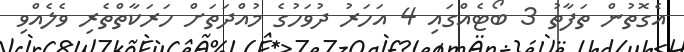
އެގޮތުން ތަފާތު 3 ބޯޓެއްގައި 4 އަހަރު ދުވަހުގެ މުއްދަތަށް ހަރަކާތްތެރި ވެލެއްވި